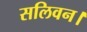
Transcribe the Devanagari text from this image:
सलिवन।